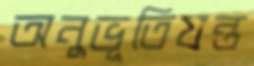
অনুভূতিযন্ত